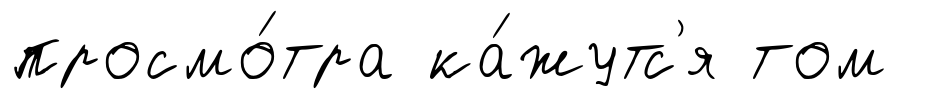
просмо́тра ка́жутс'я том